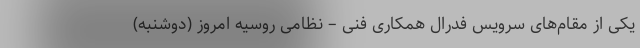
یکی از مقام‌های سرویس فدرال همکاری فنی – نظامی روسیه امروز (دوشنبه)